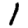
Digit: 1